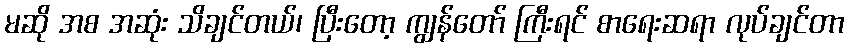
မဆို အစ အဆုံး သိချင်တယ်၊ ပြီးတော့ ကျွန်တော် ကြီးရင် စာရေးဆရာ လုပ်ချင်တာ